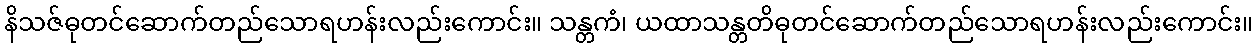
နိသဇ်ဓုတင်ဆောက်တည်သောရဟန်းလည်းကောင်း။ သန္တကံ၊ ယထာသန္တတိဓုတင်ဆောက်တည်သောရဟန်းလည်းကောင်း။